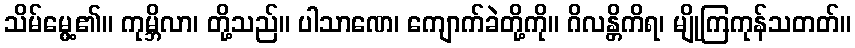
သိမ်မွေ့၏။ ကုမ္ဘိလာ၊ တို့သည်။ ပါသာဏေ၊ ကျောက်ခဲတို့ကို။ ဂိလန္တိကိရ၊ မျိုကြကုန်သတတ်။